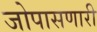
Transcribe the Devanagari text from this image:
जोपासणारी